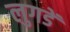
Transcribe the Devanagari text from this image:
लुगडें